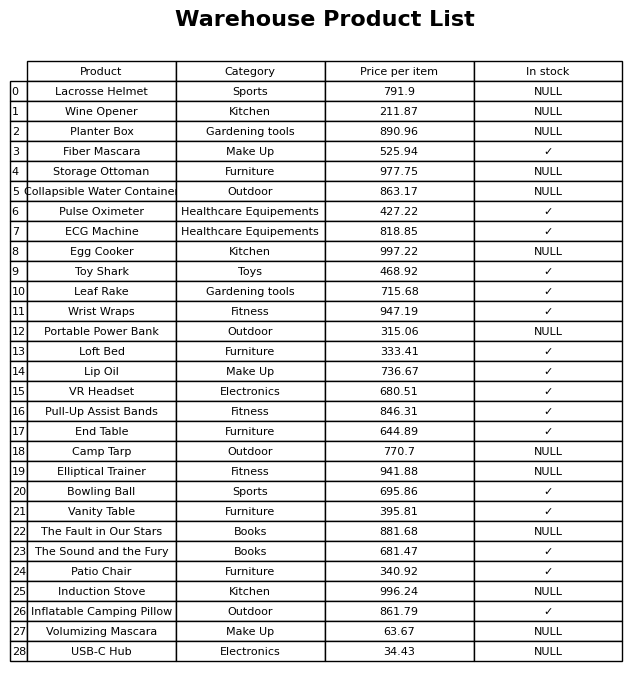
question: Is the Bowling Ball in stock?
answer: ✓